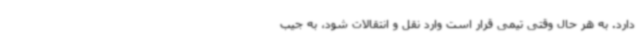
دارد. به هر حال وقتی تیمی قرار است وارد نقل و انتقالات شود، به جیب